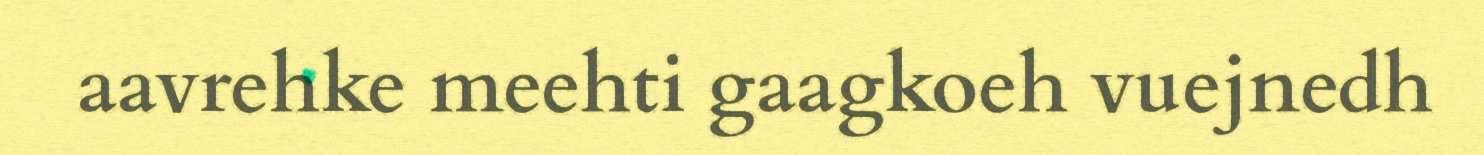
aavrehke meehti gaagkoeh vuejnedh